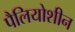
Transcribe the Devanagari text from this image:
पैलियोशीन